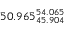
5 0 . 9 6 5 _ { 4 5 . 9 0 4 } ^ { 5 4 . 0 6 5 }